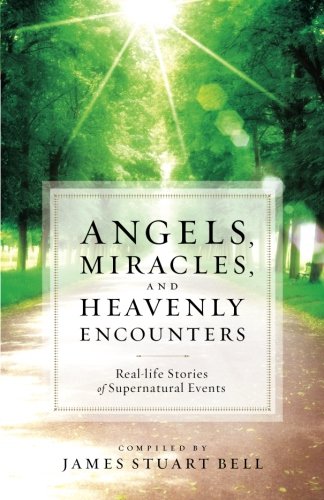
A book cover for Angels, Miracles, and Heavenly Encounters: Real-Life Stories of Supernatural Events; Christian Books & Bibles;